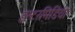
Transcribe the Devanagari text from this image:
इन्टरमिडिया